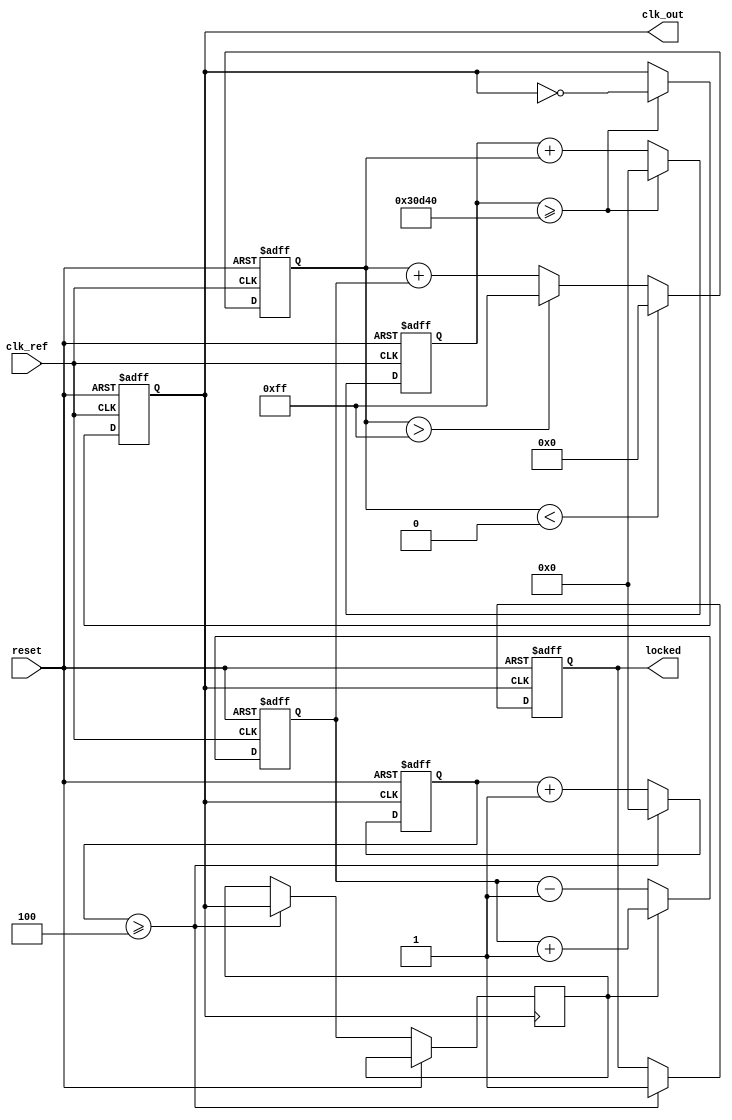
module low_jitter_pll (
    input wire clk_ref,          // Reference clock input
    input wire reset,           // Asynchronous reset
    output reg clk_out,         // Output clock
    output reg locked           // Lock status
);

    // Parameters
    parameter DIV_RATIO = 4;    // Frequency divider ratio
    parameter VCO_MAX_FREQ = 200; // Maximum VCO frequency in MHz
    parameter VCO_MIN_FREQ = 50;  // Minimum VCO frequency in MHz

    // Internal signals
    reg [3:0] phase_error;       // Phase error signal
    reg [7:0] control_voltage;    // Control voltage for VCO
    reg [31:0] vco_counter;       // VCO counter
    reg [31:0] divider_counter;   // Divider counter
    reg vco_clk;                  // VCO clock signal

    // Phase Detector (PD)
    always @(posedge clk_ref or posedge reset) begin
        if (reset) begin
            phase_error <= 0;
        end else begin
            // Simple phase detection logic (for illustration)
            // Compare reference clock with feedback clock
            if (vco_clk) begin
                phase_error <= phase_error + 1; // Increment error
            end else begin
                phase_error <= phase_error - 1; // Decrement error
            end
        end
    end

    // Charge Pump and Low-Pass Filter (LPF)
    always @(posedge clk_ref or posedge reset) begin
        if (reset) begin
            control_voltage <= 0;
        end else begin
            // Simple LPF implementation
            control_voltage <= control_voltage + phase_error[3:0]; // Integrate phase error
            // Clamp control voltage to VCO range
            if (control_voltage > 255) control_voltage <= 255;
            if (control_voltage < 0) control_voltage <= 0;
        end
    end

    // Voltage-Controlled Oscillator (VCO)
    always @(posedge clk_ref or posedge reset) begin
        if (reset) begin
            vco_counter <= 0;
            clk_out <= 0;
        end else begin
            // VCO frequency control based on control voltage
            vco_counter <= vco_counter + control_voltage;
            if (vco_counter >= (VCO_MAX_FREQ * 1000)) begin
                clk_out <= ~clk_out; // Toggle output clock
                vco_counter <= 0;     // Reset counter
            end
        end
    end

    // Frequency Divider
    always @(posedge clk_out or posedge reset) begin
        if (reset) begin
            divider_counter <= 0;
            locked <= 0;
        end else begin
            divider_counter <= divider_counter + 1;
            if (divider_counter >= DIV_RATIO) begin
                divider_counter <= 0;
                vco_clk <= clk_out; // Feedback to phase detector
                locked <= 1;        // Indicate locked status
            end
        end
    end

endmodule